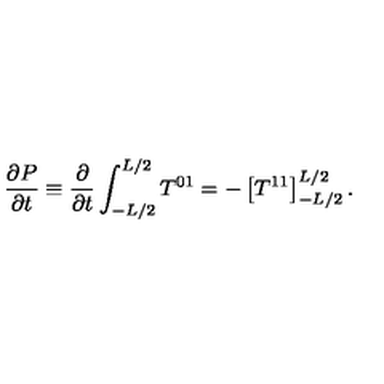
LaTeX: { \frac { \partial P } { \partial t } } \equiv { \frac { \partial } { \partial t } } \int _ { - L / 2 } ^ { L / 2 } T ^ { 0 1 } = - \left[ T ^ { 1 1 } \right] _ { - L / 2 } ^ { L / 2 } .